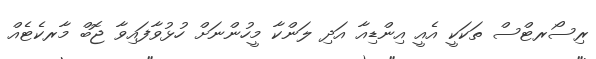
ރިސޯރޓްސް ތަކަކީ އެއީ އިންޑިއާ އަދި ލަންކާ މީހުންނަށް ހުޅުވާފައިވާ ޖޮބް މާރކެޓެއް